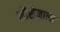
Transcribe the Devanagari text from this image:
नौसेनाला